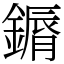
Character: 䥎